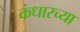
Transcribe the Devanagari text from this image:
कंधारच्या